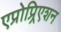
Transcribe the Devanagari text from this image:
एप्रोप्र्रिएशन